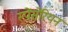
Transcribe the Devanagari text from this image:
स्पेंसेरियन